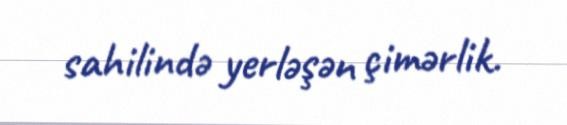
sahilində yerləşən çimərlik.